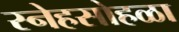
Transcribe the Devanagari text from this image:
स्नेहसोहळा